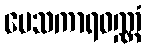
ပေသကာရဝဏ္ဏံ